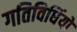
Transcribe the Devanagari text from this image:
गतिविधिंयों